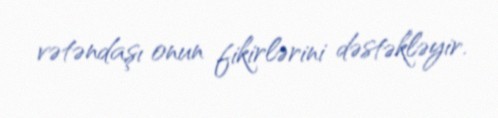
vətəndaşı onun fikirlərini dəstəkləyir.